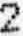
2